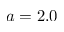
a = 2 . 0